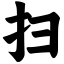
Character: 扫